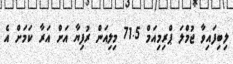
ލިބިފައިވާ ޖުމްލަ ޕްރިމިއަމް 71.5 މިލިއަން ރުފިޔާ އަށް އަރާ ކަމަށް އެ